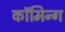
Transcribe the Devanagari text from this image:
कॉमिन्ग